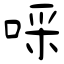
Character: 啋